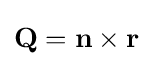
\mathbf {Q} =\mathbf {n} \times \mathbf {r}